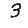
Digit: 3